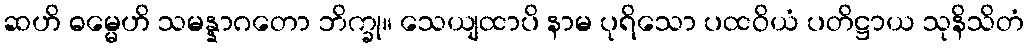
ဆဟိ ဓမ္မေဟိ သမန္နာဂတော ဘိက္ခု။ သေယျထာပိ နာမ ပုရိသော ပထဝိယံ ပတိဋ္ဌာယ သုနိသိတံ